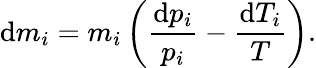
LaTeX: \mathrm{d}m_{i}=m_{i}\left(\frac{\mathrm{d}p_{i}}{p_{i}}-\frac{\mathrm{d}T_{i}}{T}\right).